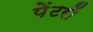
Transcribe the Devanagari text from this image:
पेंटरों